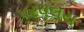
પરવલય